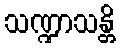
သဏ္ဍာသန္တိ